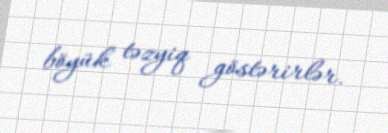
böyük təzyiq göstərirlər.